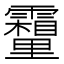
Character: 𮡣